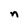
Character: n